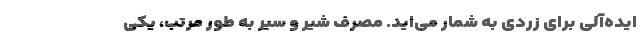
ایده‌آلی برای زردی به شمار می‌اید. مصرف شیر و سیر به طور مرتب، یکی